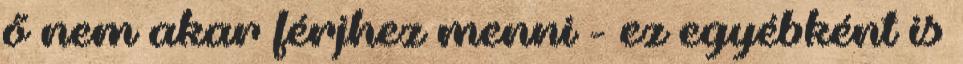
ő nem akar férjhez menni - ez egyébként is